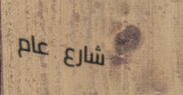
شارع عام